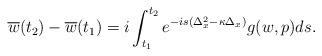
LaTeX: \begin{align*}\overline w(t_2)-\overline w(t_1)= i\int_{t_1}^{t_2} e^ {-is (\Delta^2_x-\kappa \Delta_x)} g(w,p)ds. \end{align*}